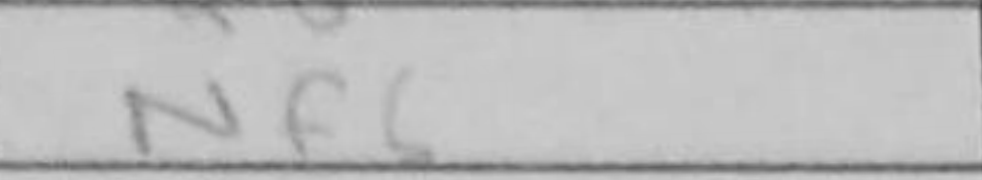
Transcription: Nf6